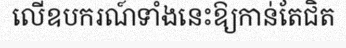
លើឧបករណ៍ទាំងនេះឱ្យកាន់តែជិត